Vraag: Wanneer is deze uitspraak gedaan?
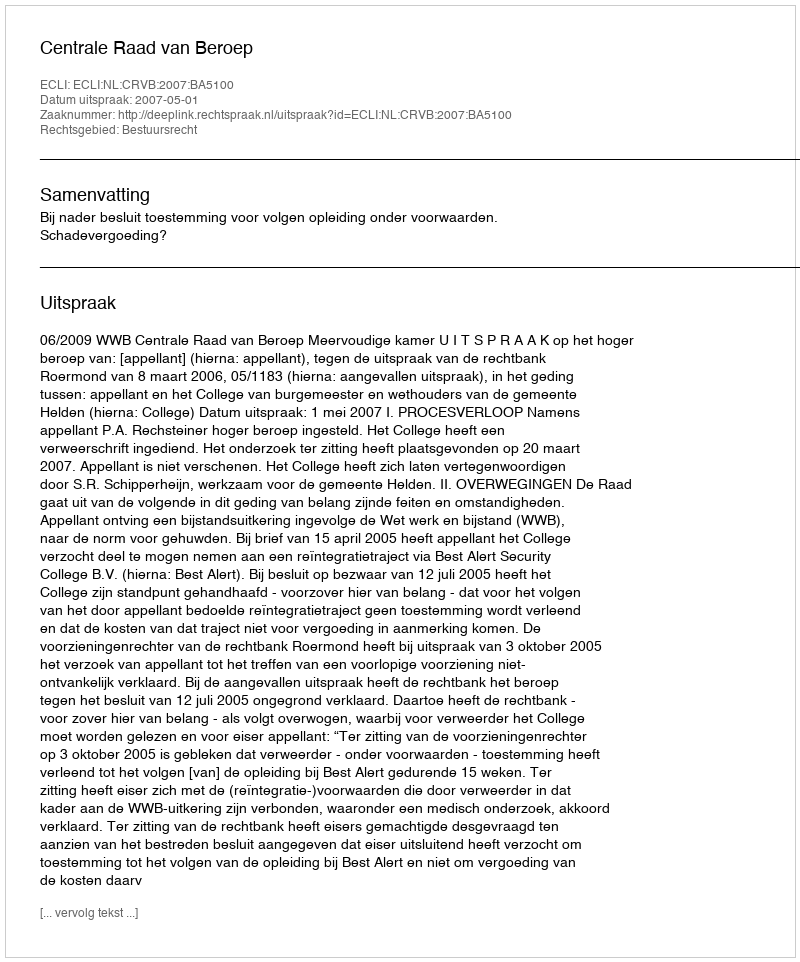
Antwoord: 2007-05-01